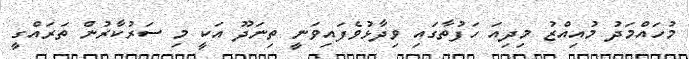
މުހައްމަދު މުއިއްޒު މިދިއަ ހަފުތާގައި ވިދާޅުވެފައިވަނީ ތިނަދޫ އަކީ މި ސަރުކާރުން ތަރައްގީ